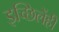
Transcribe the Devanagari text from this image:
इच्छिलेंही